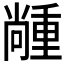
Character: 𡮵